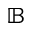
\mathbb { B }